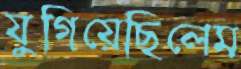
যুগিয়েছিলেম